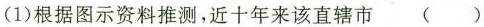
(1)根据图示资料推测，近十年来该直辖市()